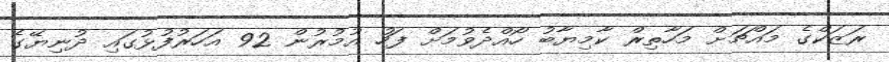
ރަޒަކްގެ މައްޗަށް މަހާތިރް ކާމިޔާބު ހޯއްދެވުމަށް ފަހު އުމުރުން 92 އަހަރުފުޅުގައި ދުނިޔޭގެ